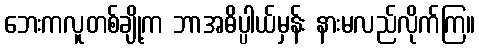
ဘေးကလူတစ်ချို့က ဘာအဓိပ္ပါယ်မှန်း နားမလည်လိုက်ကြ။